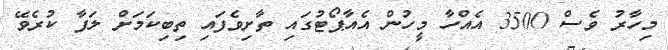
މިހާރު ވެސް 3500 އެއްހާ މީހުން އެއާޕޯޓުގައި ތާށިވެފައި ތިބިކަމަށް ލަފާ ކުރެވޭ